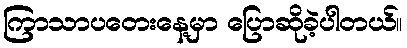
ကြာသာပတေးနေ့မှာ ပြောဆိုခဲ့ပါတယ်။